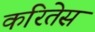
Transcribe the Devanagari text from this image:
करितेस